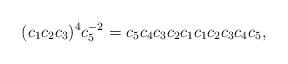
LaTeX: \begin{align*} (c_1 c_2 c_3)^4 c_5^{-2} = c_{5} c_{4} c_3 c_2 c_1 c_1 c_2c_{3} c_{4} c_5 , \end{align*}